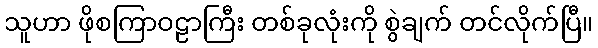
သူဟာ ဖိုစကြာဝဠာကြီး တစ်ခုလုံးကို စွဲချက် တင်လိုက်ပြီ။